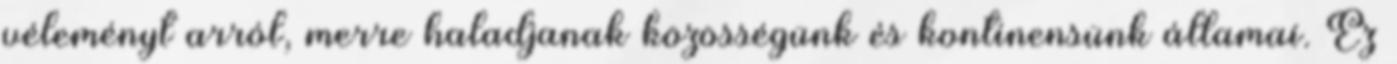
véleményt arról, merre haladjanak közösségünk és kontinensünk államai. Ez